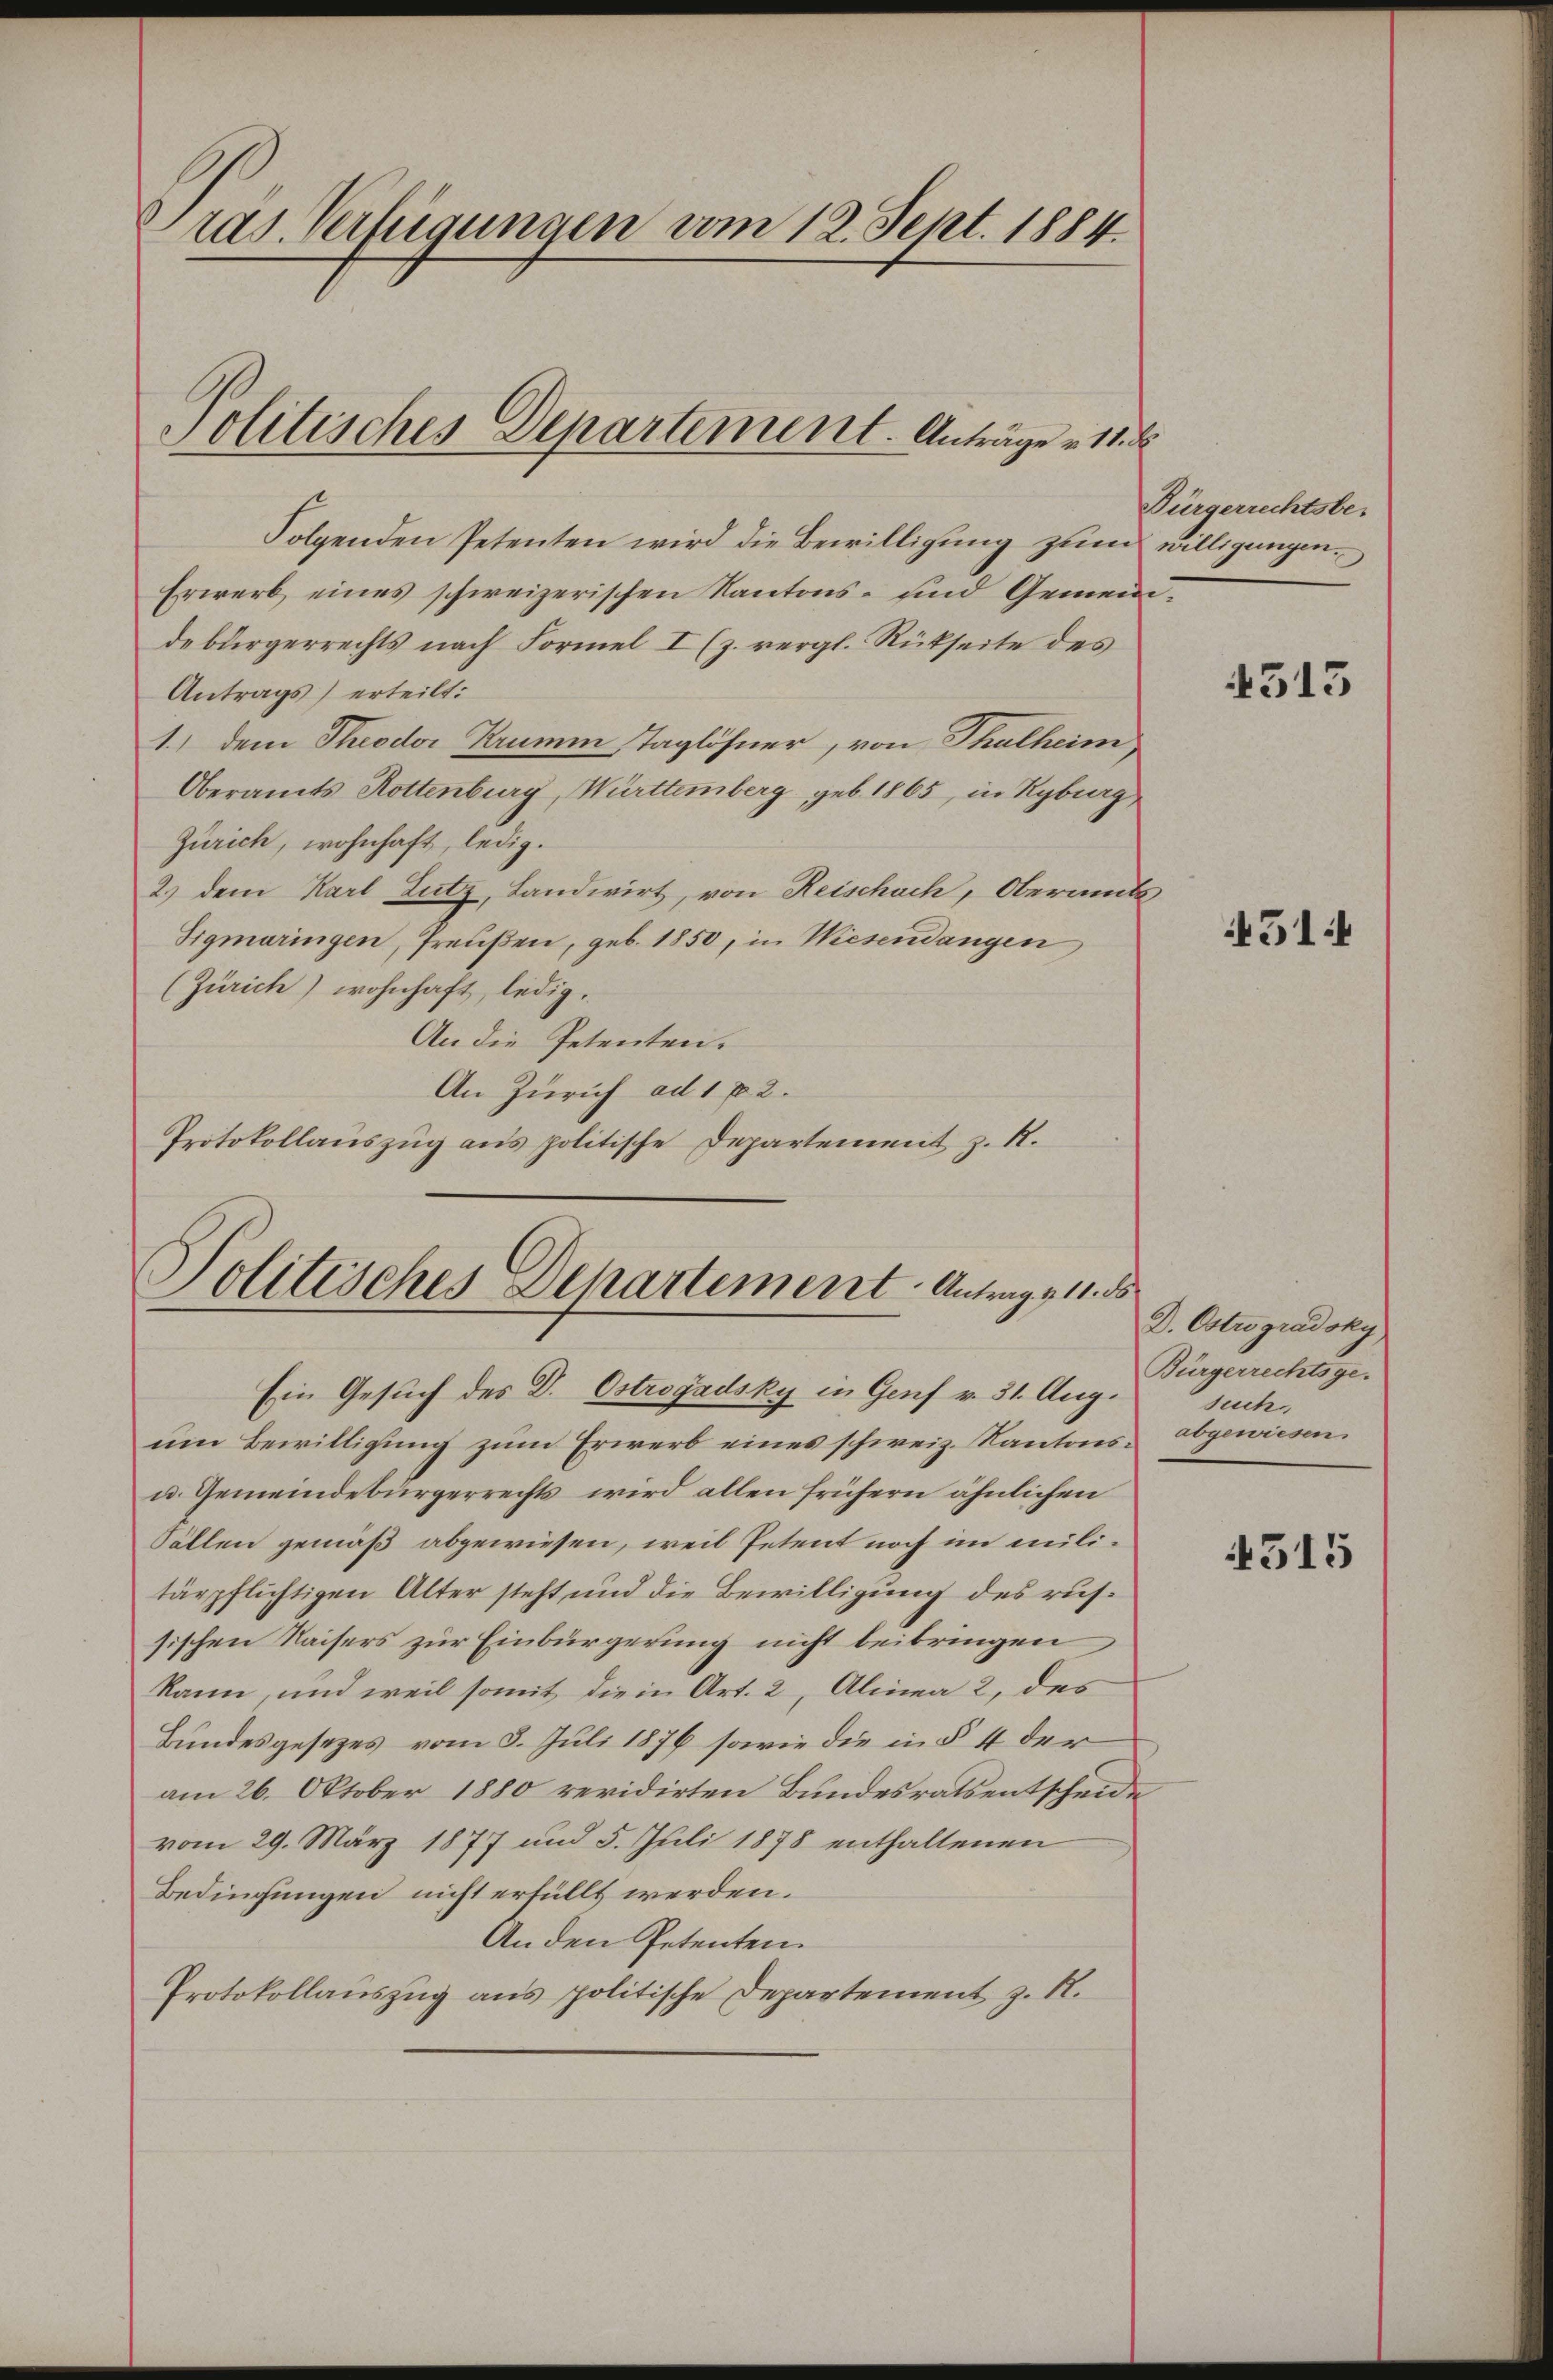
ras. Verfügungen vom 12. Sept. 1884.

Folgenden Petenten wird die Bewilligung zum
Erwerb eines schweizerischen Kantons- und Gemeindebürgerrechts nach Formel I (z. vergl. Rückseite des
Antrags) erteilt:
1.) Dem Theodor Krumm Taglöhner, von Thalheim
Oberamts Rottenburg, Württemberg geb. 1865, in Kyburg
Zürich, wohnhaft, ledig.
2.) dem Karl Lutz, Landwirt, von Reischach, Obermitt
Sigmaringen, freußen, geb. 1850, in Wiesendangen
(Zürich) wohnhaft, ledig.
An die Petenten.
An Zürich ad 172.
Protokollauszug aus politische Departement z. R.

Politisches Departement. Anträge u. 11. d.

Politisches Departement Antrag 111.

Ein Gesuch des D. Ostrogadsky in Genf v. 31. Aug.
um Bewilligung zum Erwerb eines schweiz. Kantons¬
u. Gemeindebürgerrechts wird allen frühern ähnlichen
Sällen gemäß abgewiesen, weil Petent noch im militärpflichtigen Alter steht und die Bewilligung des russischen Kaisers zur Einbürgerung nicht beibringen
kann, und weil somit die in Art. 2, Alinea 2, des
Bundesgesezes vom 5. Juli 1876 sowie die in § 4 der
am 26. Oktober 1880 revidirten Bundesrats entscheide
vom 29. März 1877 und 5. Juli 1878 enthaltenen
Bedingungen nicht erfüllt werden.
An den Petenten.
Protokollauszug aus politische Departement z. B.

Bürgerrechtsbe-
willigungen.

4513

51:

D. Ostro gradoky.
Bürgerrechtsge-
such
abgewiesen.

4315